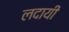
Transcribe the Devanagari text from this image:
लदायी